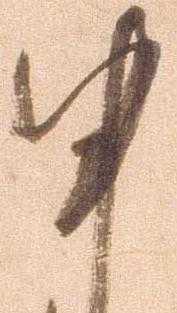
申